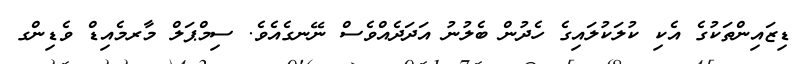
ޑިޒައިންތަކުގެ އެކި ކުލަކުލައިގެ ހެދުން ބެލުނު އަދަދެއްވެސް ނޭނގެއެވެ. ސިމްޕަލް މާރމެއިޑް ވެޑިންގ